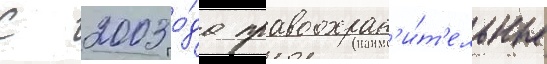
С 2003 го́да правоохран'и́т'ельные